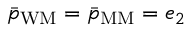
\bar { p } _ { \mathrm { W M } } = \bar { p } _ { \mathrm { M M } } = e _ { 2 }